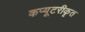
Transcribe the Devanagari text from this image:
कप्यूटरीकृत